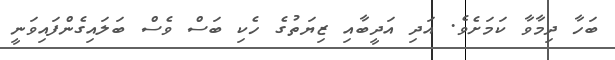
ބަހާ ދިމާވާ ކަމަށެވެ. އަދި އަދީބާއި ޒިޔަތުގެ ހެކި ބަސް ވެސް ބަލައިގެންފައިވަނީ